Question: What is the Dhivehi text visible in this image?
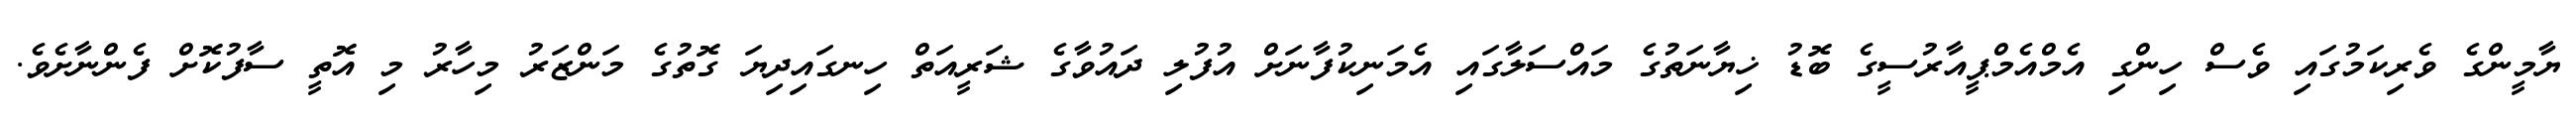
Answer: ޔާމީންގެ ވެރިކަމުގައި ވެސް ހިންގި އެމްއެމްޕީއާރުސީގެ ބޮޑު ޚިޔާނަތުގެ މައްސަލާގައި އެމަނިކުފާނަށް އުފުލި ދައުވާގެ ޝަރީއަތް ހިނގައިދިޔަ ގޮތުގެ މަންޒަރު މިހާރު މި އޮތީ ސާފުކޮށް ފެންނާށެވެ.